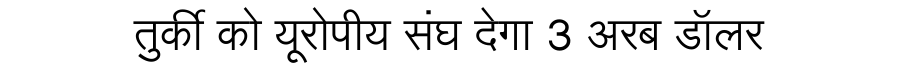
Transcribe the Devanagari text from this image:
तुर्की को यूरोपीय संघ देगा 3 अरब डॉलर